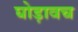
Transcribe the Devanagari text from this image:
घोड़ावच